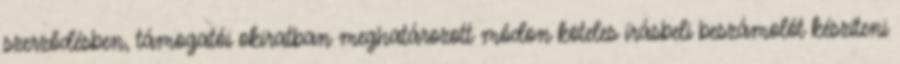
szerződésben, támogatói okiratban meghatározott módon köteles írásbeli beszámolót készíteni